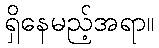
ရှိနေမည့်အရာ။